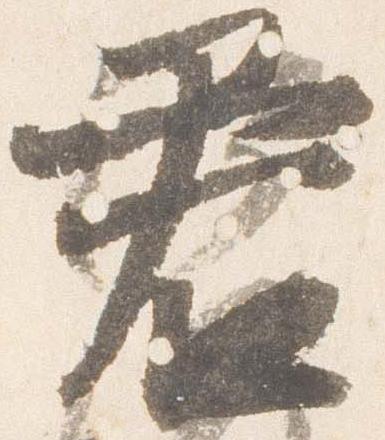
君